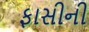
ફાસીની